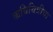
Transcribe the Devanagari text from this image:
कवियित्रीचा